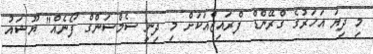
މި ދިޔަ އަހަރުގެ ގްރޭންޑް ފްރައިޒްއަކަށް މި ދިނީ ސެމްސަންގް ފޯނެއް" ޔޫޝައު